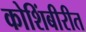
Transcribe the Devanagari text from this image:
कोशिंबीरीत